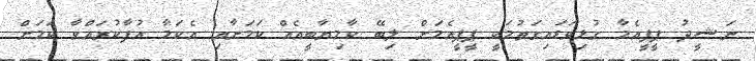
ނަޝީދު ޕީޕީއެމާ ގުޅިވަޑައިގަތުމަކީ ޕީޕީއެމަށް ލިބޭ ކާމިޔާބީއެއް ކަމަށާއި އެކަމާ އުފާކުރައްވާ ކަމަށް